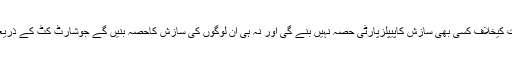
ان کا مزید کہنا تھا کہ جمہوریت کیخلاف کسی بھی سازش کاپیپلزپارٹی حصہ نہیں بنے گی اور نہ ہی ان لوگوں کی سازش کاحصہ بنیں گے جوشارٹ کٹ کے ذریعے اقتدارحاصل کرناچاہتے ہیں۔